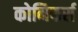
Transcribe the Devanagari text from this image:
कोनिफर्स